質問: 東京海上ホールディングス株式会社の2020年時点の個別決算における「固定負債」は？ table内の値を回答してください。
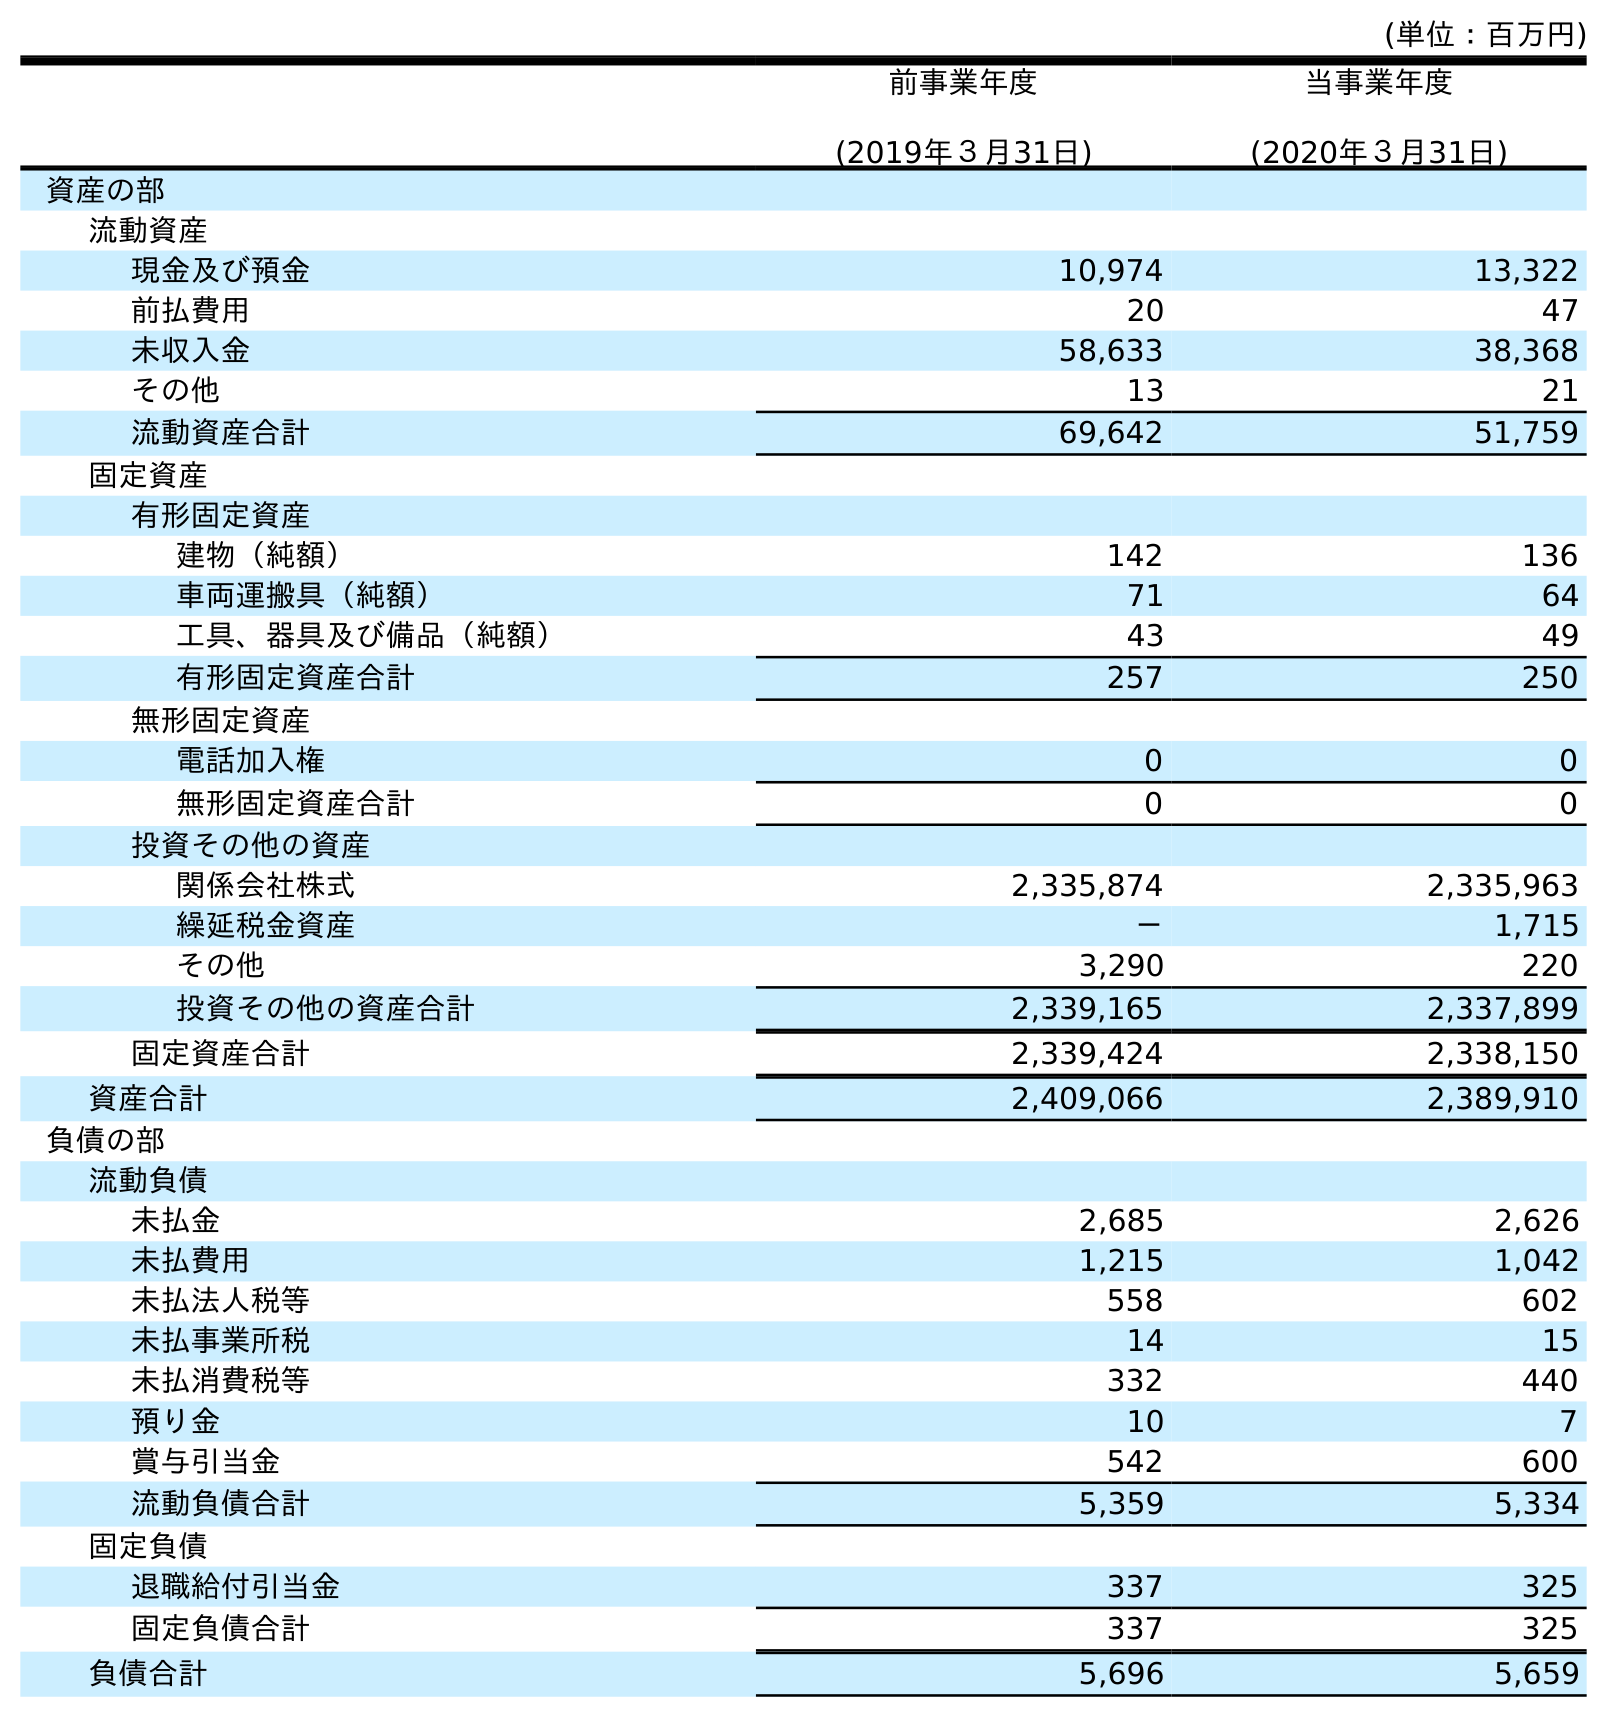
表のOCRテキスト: (単位：百万円) 前事業年度 (2019年３月31日) 当事業年度 (2020年３月31日) 資産の部 流動資産 現金及び預金 10,974 13,322 前払費用 20 47 未収入金 58,633 38,368 その他 13 21 流動資産合計 69,642 51,759 固定資産 有形固定資産 建物（純額） 142 136 車両運搬具（純額） 71 64 工具、器具及び備品（純額） 43 49 有形固定資産合計 257 250 無形固定資産 電話加入権 0 0 無形固定資産合計 0 0 投資その他の資産 関係会社株式 2,335,874 2,335,963 繰延税金資産 － 1,715 その他 3,290 220 投資その他の資産合計 2,339,165 2,337,899 固定資産合計 2,339,424 2,338,150 資産合計 2,409,066 2,389,910 負債の部 流動負債 未払金 2,685 2,626 未払費用 1,215 1,042 未払法人税等 558 602 未払事業所税 14 15 未払消費税等 332 440 預り金 10 7 賞与引当金 542 600 流動負債合計 5,359 5,334 固定負債 退職給付引当金 337 325 固定負債合計 337 325 負債合計 5,696 5,659
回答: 325